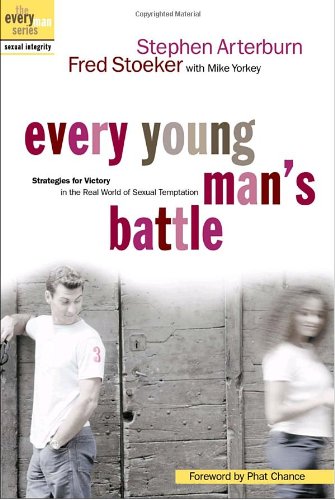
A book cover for Every Young Man's Battle: Strategies for Victory in the Real World of Sexual Temptation; Stephen Arterburn; Teen & Young Adult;